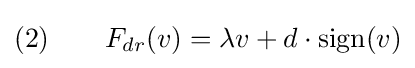
(2)\qquad F_{dr}(v)=\lambda v+d\cdot \mathrm {sign} (v)